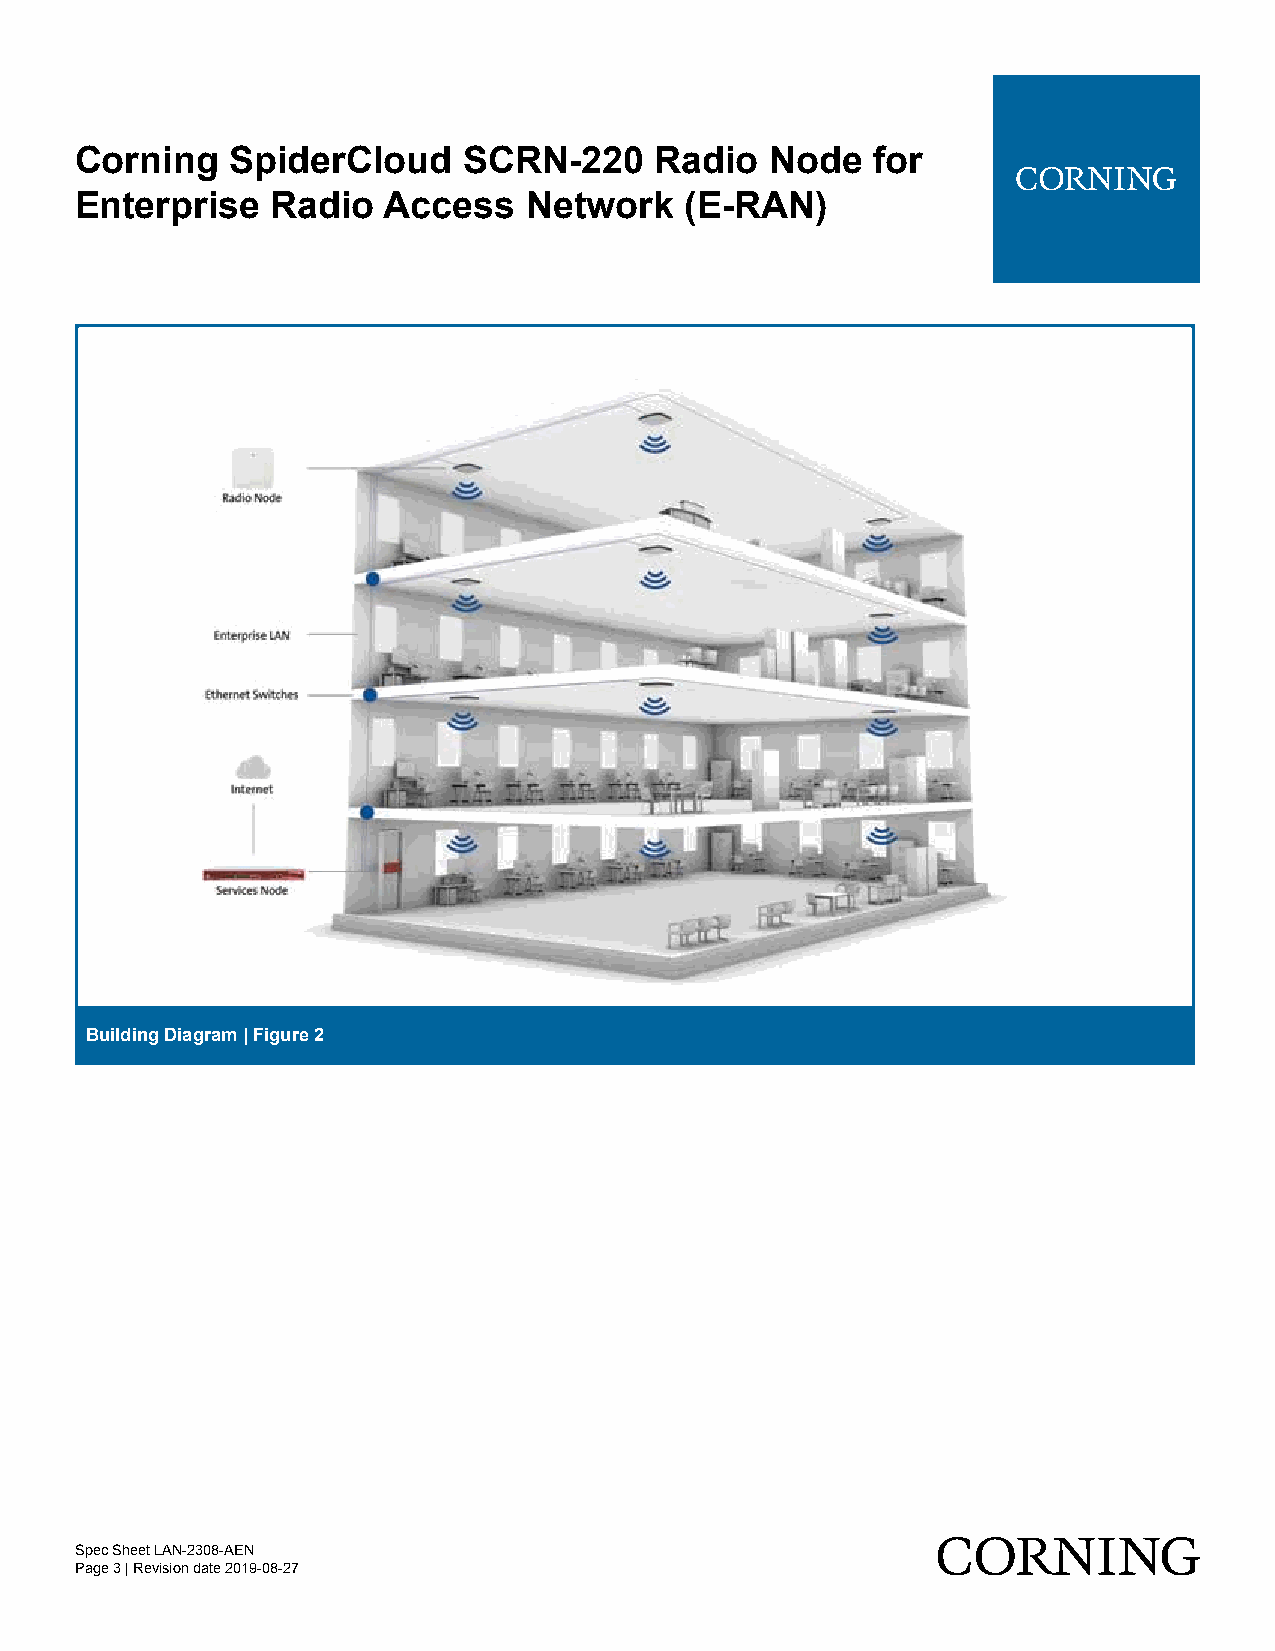
Corning   SpiderCloud     SCRN-220    Radio   Node   for
 Enterprise   Radio  Access    Network   (E-RAN)
 Building Diagram | Figure 2
 Spec Sheet LAN-2308-AEN
 Page 3 | Revision date 2019-08-27